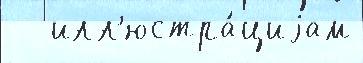
   илл'юстра́циjам